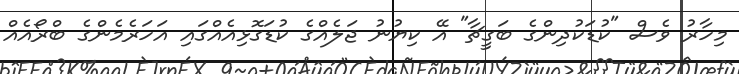
މިހާރު ވެސް "ކުޑަކުދިންގެ ބަގީޗާ" އޭ ކިޔުނު ޖަލެއްގެ ކުޑަގޮޅިއެއްގައި އަހަރެމެންގެ ބްރޯއެއް